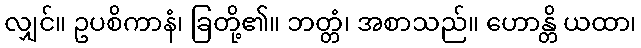
လျှင်။ ဥပစိကာနံ၊ ခြတို့၏။ ဘတ္တံ၊ အစာသည်။ ဟောန္တိ ယထာ၊